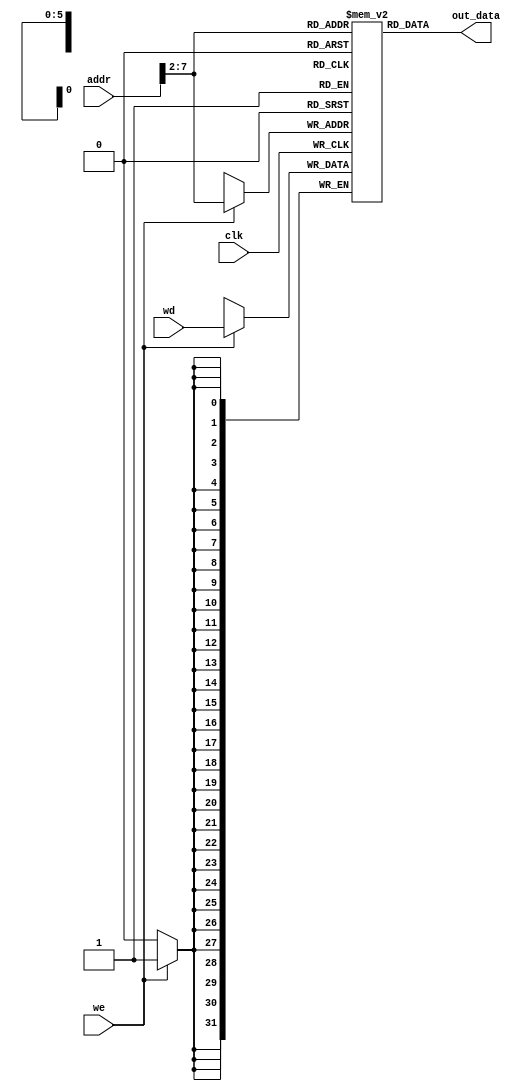
`timescale 1ns / 1ps
//////////////////////////////////////////////////////////////////////////////////
// Company: 
// Engineer: 
// 
// Design Name: 
// Module Name: data_mem
// Project Name: 
// Target Devices: 
// Tool Versions: 
// Description: 
// 
// Dependencies: 
// 
// Revision:
// Revision 0.01 - File Created
// Additional Comments:
// 
//////////////////////////////////////////////////////////////////////////////////

module data_mem(input clk,input we,
input [31:0]addr,
input [31:0]wd,
output[31:0]out_data);

reg [31:0] dmem[63:0]; // here it only stores 64 words for prototyping but since addr is 32 bits it can store 2^30 word
assign out_data=dmem[addr[31:2]]; // word aligned

always@(posedge clk)
begin
    if (we)
        dmem[addr[31:2]] <= wd; // word aligned
end
endmodule